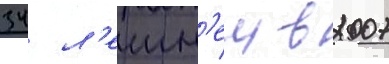
34 л'етн'еи в 2007